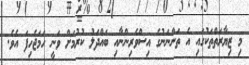
މި ޒިޔާރަތްތަކުގައި އެ ތަންނަނުގެ އިސްވެރިންނާއި ބައްދަލު ކުރުމަށް ވަނީ ހަމަޖެހިފަ އެވެ.